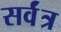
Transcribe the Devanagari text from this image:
सर्वंत्र